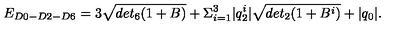
E _ { D 0 - D 2 - D 6 } = 3 \sqrt { d e t _ { 6 } ( 1 + B ) } + \Sigma _ { i = 1 } ^ { 3 } | q _ { 2 } ^ { i } | \sqrt { d e t _ { 2 } ( 1 + B ^ { i } ) } + | q _ { 0 } | .